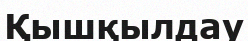
Қышқылдау